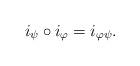
LaTeX: \begin{align*}i_{\psi}\circ i_{\varphi}=i_{\varphi\psi}.\end{align*}